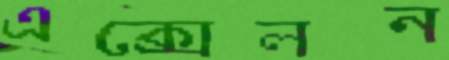
এক্সেলন